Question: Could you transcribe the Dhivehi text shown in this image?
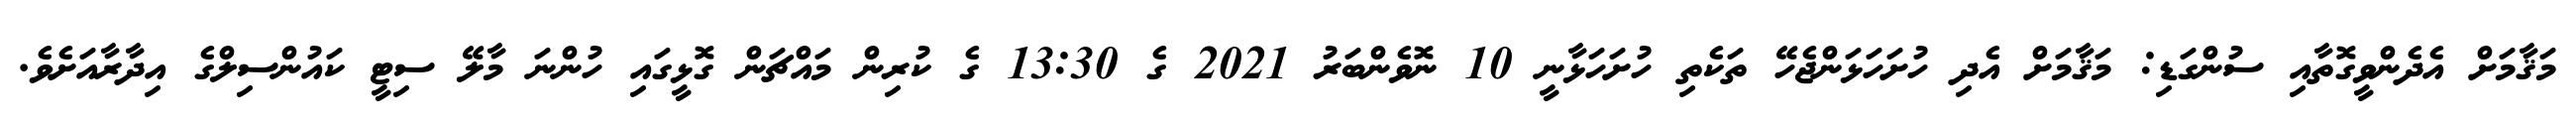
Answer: މަޤާމަށް އެދެންވީގޮތާއި ސުންގަޑި: މަޤާމަށް އެދި ހުށަހަޅަންޖެހޭ ތަކެތި ހުށަހަޅާނީ 10 ނޮވެންބަރު 2021 ގެ 13:30 ގެ ކުރިން މައްޗަން ގޮޅީގައި ހުންނަ މާލޭ ސިޓީ ކައުންސިލްގެ އިދާރާއަށެވެ.